Civil Veterinary Department ledger series I-VI
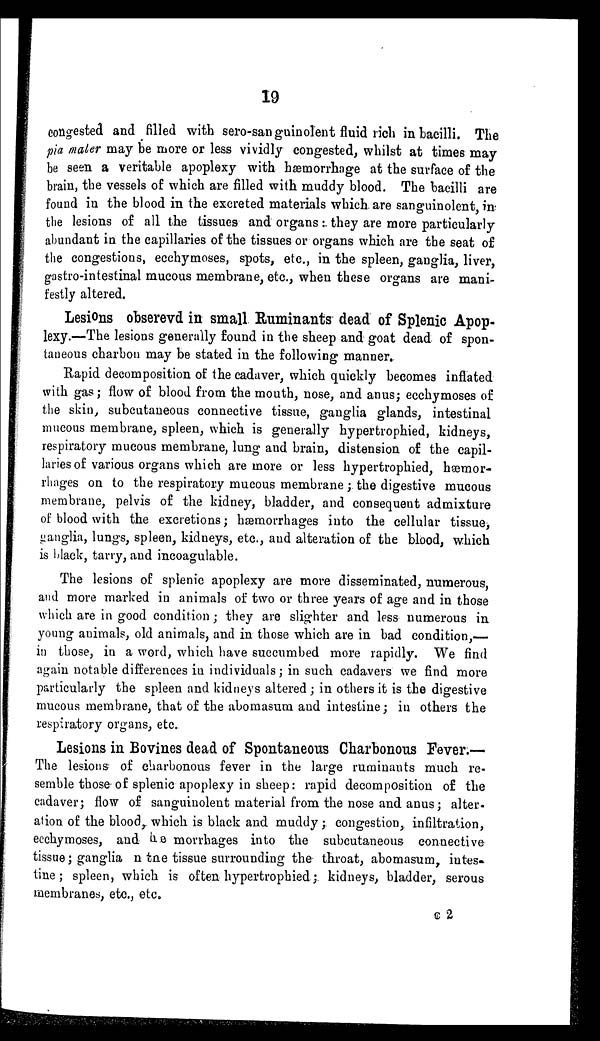
19
congested and filled with sero-san guinolent fluid rich in bacilli. The
pia mater may be more or less vividly congested, whilst at times may
be seen a veritable apoplexy with hæmorrhage at the surface of the
brain, the vessels of which are filled with muddy blood. The bacilli are
found in the blood in the excreted materials which are sanguinolent, in
the lesions of all the tissues and organs : they are more particularly
abundant in the capillaries of the tissues or organs which are the seat of
the congestions, ecchymoses, spots, etc., in the spleen, ganglia, liver,
gastro-intestinal mucous membrane, etc., when these organs are mani-
festly altered.
Lesions obserevd in small Ruminants dead of Splenic Apop-
lexy.—The lesions generally found in the sheep and goat dead of spon-
taneous charbon may be stated in the following manner.
Rapid decomposition of the cadaver, which quickly becomes inflated
with gas; flow of blood from the mouth, nose, and anus; ecchymoses of
the skin, subcutaneous connective tissue, ganglia glands, intestinal
mucous membrane, spleen, which is generally hypertrophied, kidneys,
respiratory mucous membrane, lung and brain, distension of the capil-
laries of various organs which are more or less hypertrophied, hæmor-
rhages on to the respiratory mucous membrane; the digestive mucous
membrane, pelvis of the kidney, bladder, and consequent admixture
of blood with the excretions; hæmorrhages into the cellular tissue,
ganglia, lungs, spleen, kidneys, etc., and alteration of the blood, which
is black, tarry, and incoagulable.
The lesions of splenic apoplexy are more disseminated, numerous,
and more marked in animals of two or three years of age and in those
which are in good condition; they are slighter and less numerous in
young animals, old animals, and in those which are in bad condition,—
in those, in a word, which have succumbed more rapidly. We find
again notable differences in individuals; in such cadavers we find more
particularly the spleen and kidneys altered; in others it is the digestive
mucous membrane, that of the abomasum and intestine; in others the
respiratory organs, etc.
Lesions in Bovines dead of Spontaneous Charbonous Fever.—
The lesions of charbonous fever in the large ruminants much re-
semble those of splenic apoplexy in sheep: rapid decomposition of the
cadaver; flow of sanguinolent material from the nose and anus; alter-
ation of the blood, which is black and muddy; congestion, infiltration,
ecchymoses, and he morrhages into the subcutaneous connective
tissue ; ganglia n tne tissue surrounding the throat, abomasum, intes-
tine ; spleen, which is often hypertrophied; kidneys, bladder, serous
membranes, etc., etc.
C 2